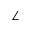
\angle